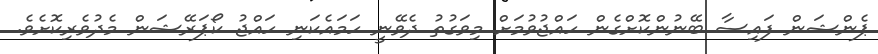
ޕެންޝަން ފައިސާ ބޭނުންކޮށްގެން ހައްޖުވުމަށް މިވަގުތު ދެވޭނީ ހަމައެކަނި ހައްޖު ކޯޕަރޭޝަން މެދުވެރިކޮށެވެ.